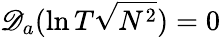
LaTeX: \mathscr{D}_{a}(\ln T\sqrt{N^{2}})=0